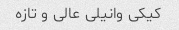
کیکی وانیلی عالی و تازه